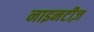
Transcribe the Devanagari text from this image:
नाइनटीज़